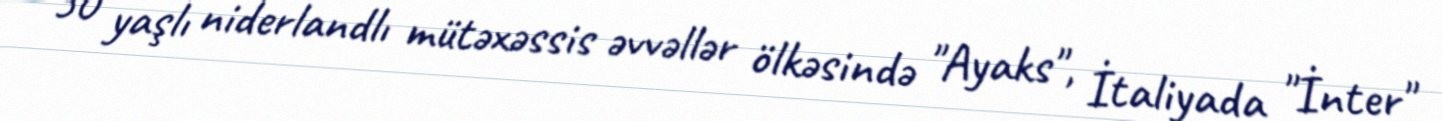
50 yaşlı niderlandlı mütəxəssis əvvəllər ölkəsində "Ayaks", İtaliyada "İnter"